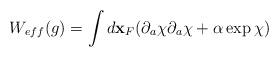
LaTeX: \begin{align*}W_{eff}(g)=\int d{\bf x}_{F}(\partial_{a}\chi\partial_{a}\chi+\alpha \exp\chi )\end{align*}